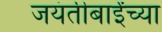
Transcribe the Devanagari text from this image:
जयंतीबाईंच्या